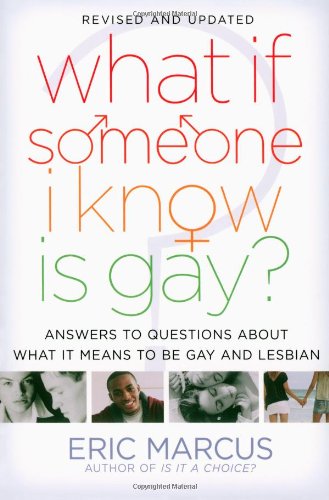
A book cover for What If Someone I Know Is Gay?: Answers to Questions About What It Means to Be Gay and Lesbian; Eric Marcus; Teen & Young Adult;